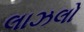
લાઝલો